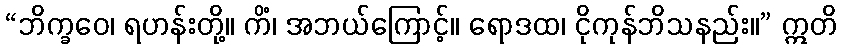
“ဘိက္ခဝေ၊ ရဟန်းတို့။ ကိံ၊ အဘယ်ကြောင့်။ ရောဒထ၊ ငိုကုန်ဘိသနည်း။” ဣတိ